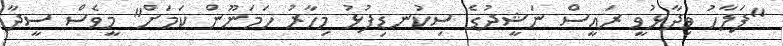
"ފަލާހު ވިދާޅުވީ ރައީސް ނަޝީދުގެ ސިކުނޑިފުޅު މިހާރު ހަމަނޫން ކަމަށް" މީވެސް ސީދާ